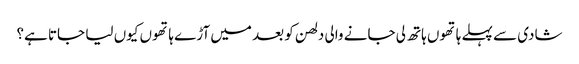
شادی سے پہلے ہاتھوں ہاتھ لی جانے والی دلھن کو بعد میں آڑے ہاتھوں کیوں لیا جاتا ہے؟